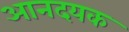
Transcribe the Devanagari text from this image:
आनदयक